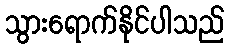
သွားရောက်နိုင်ပါသည်